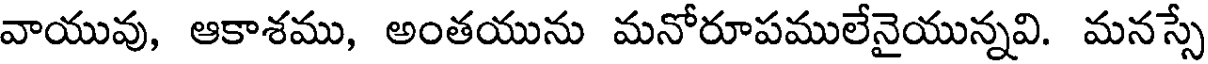
వాయువు, ఆకాశము, అంతయును మనోరూపములేనైయున్నవి. మనస్సే